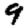
Digit: 9